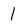
Character: l